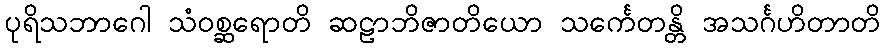
ပုရိသဘာဂေါ သံဝစ္ဆရောတိ ဆဠာဘိဇာတိယော သင်္ကေတန္တိ အသင်္ဂဟိတာတိ